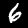
Digit: 6